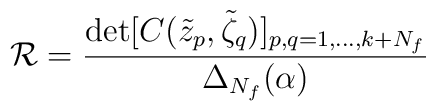
\mathcal{R}=  \frac{\det[C(\tilde z_p,\tilde \zeta_q)]_{p,q=1,\dots,k+N_f}}  {\Delta_{N_f}(\alpha)}